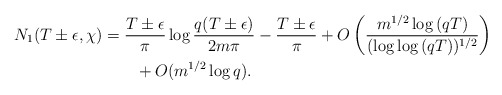
\begin{align*} \begin{aligned}N_1(T \pm \epsilon,\chi)&= \frac{T \pm \epsilon}{\pi} \log{\frac{q(T \pm \epsilon)}{2m\pi}} - \frac{T \pm \epsilon}{\pi}+ O\left( \frac{m^{1/2} \log{(qT)}}{(\log{\log{(qT)}})^{1/2}} \right) \\&\quad\quad+ O(m^{1/2}\log{q}).\end{aligned}\end{align*}